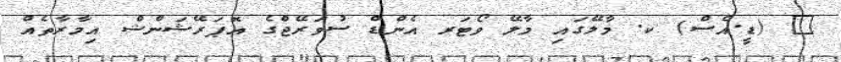
_ (ޑީ.އެސް) ކ. މާލޭގައި މާލޭ ވޯޓަރ އެންޑް ސުވަރޭޖްގެ އޮޕަރޭޝަންޝް އިމާރާތެއް